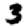
Digit: 3